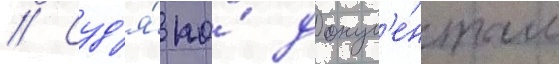
// Суд'я́ по́ докум'е́нтам